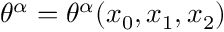
\theta ^ { \alpha } = \theta ^ { \alpha } ( x _ { 0 } , x _ { 1 } , x _ { 2 } )